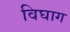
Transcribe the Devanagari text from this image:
विघाग